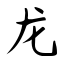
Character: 龙